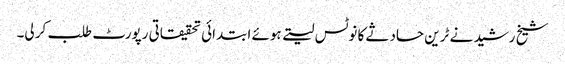
شیخ رشید نے ٹرین حادثے کا نوٹس لیتے ہوئے ابتدائی تحقیقاتی رپورٹ طلب کر لی۔